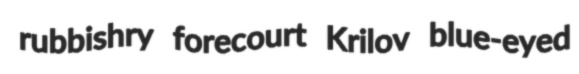
rubbishry forecourt Krilov blue-eyed